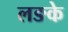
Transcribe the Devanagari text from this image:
लङके